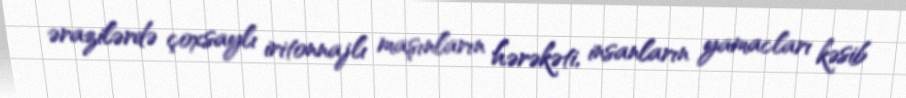
ərazilərdə çoxsaylı iritonnajlı maşınların hərəkəti, insanların yamacları kəsib